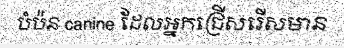
បំប៉ន canine ដែលអ្នកជ្រើសរើសមាន